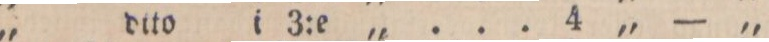
„ dito i 3:e „ ... 4 „ — „